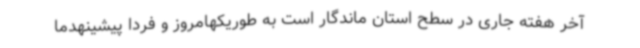
آخر هفته جاری در سطح استان ماندگار است به طوریکهامروز و فردا پیشینهدما